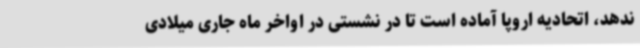
ندهد، اتحادیه اروپا آماده است تا در نشستی در اواخر ماه جاری میلادی